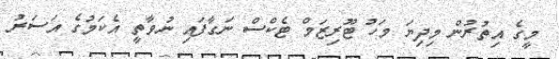
މީގެ އިތުރުން މިދިޔަ މަހު ޓޫރިޒަމް ޓެކްސް ނަގާފައި ނުވާތީ އެކަމުގެ އަސަރު